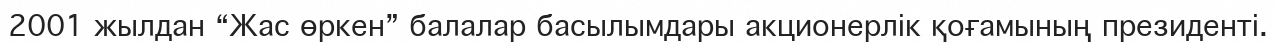
2001 жылдан “Жас өркен” балалар басылымдары акционерлік қоғамының президенті.